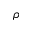
\rho